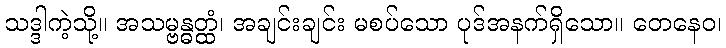
သဒ္ဒါကဲ့သို့။ အသမ္ဗန္ဓတ္ထံ၊ အချင်းချင်း မစပ်သော ပုဒ်အနက်ရှိသော။ တေနေဝ၊